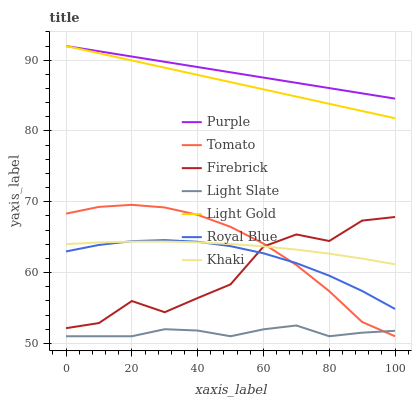
| xaxis_label | Purple | Tomato | Firebrick | Light Slate | Light Gold | Royal Blue | Khaki |
 | --- | --- | --- | --- | --- | --- | --- | --- |
 | 0 | 92 | 68.3 | 52.1 | 51 | 92 | 63 | 64 |
 | 10 | 91.3 | 69.3 | 52.9 | 51 | 91 | 63.9 | 64.3 |
 | 20 | 90.5 | 69.6 | 56 | 51 | 90 | 64.4 | 64.4 |
 | 30 | 89.8 | 69.2 | 54.4 | 52 | 88.9 | 64.6 | 64.4 |
 | 40 | 89 | 68.2 | 56.4 | 51.8 | 87.9 | 64.3 | 64.3 |
 | 50 | 88.3 | 66.5 | 58.3 | 51 | 86.9 | 63.7 | 64 |
 | 60 | 87.5 | 64.1 | 63.7 | 52 | 85.9 | 62.7 | 63.7 |
 | 70 | 86.8 | 61.1 | 65.4 | 52.5 | 84.9 | 61.3 | 63.2 |
 | 80 | 86.1 | 57.4 | 64.5 | 51 | 83.8 | 59.6 | 62.7 |
 | 90 | 85.3 | 53 | 67.3 | 51.5 | 82.8 | 57.4 | 62 |
 | 100 | 84.6 | 51 | 67.8 | 51.8 | 81.8 | 54.9 | 61.2 |